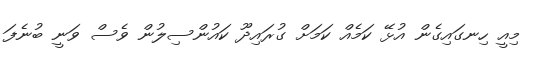
މިއީ ހިނގައިގެން އުޅޭ ކަމެއް ކަމަށް ގުރައިދޫ ކައުންސިލުން ވެސް ވަނީ ބުނެފަ